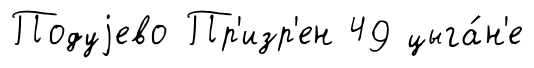
Подуjево Пр'изр'ен 49 цыга́н'е